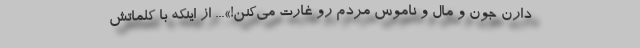
دارن جون و مال و ناموس مردم رو غارت می‌کنن!»... از اینکه با کلماتش